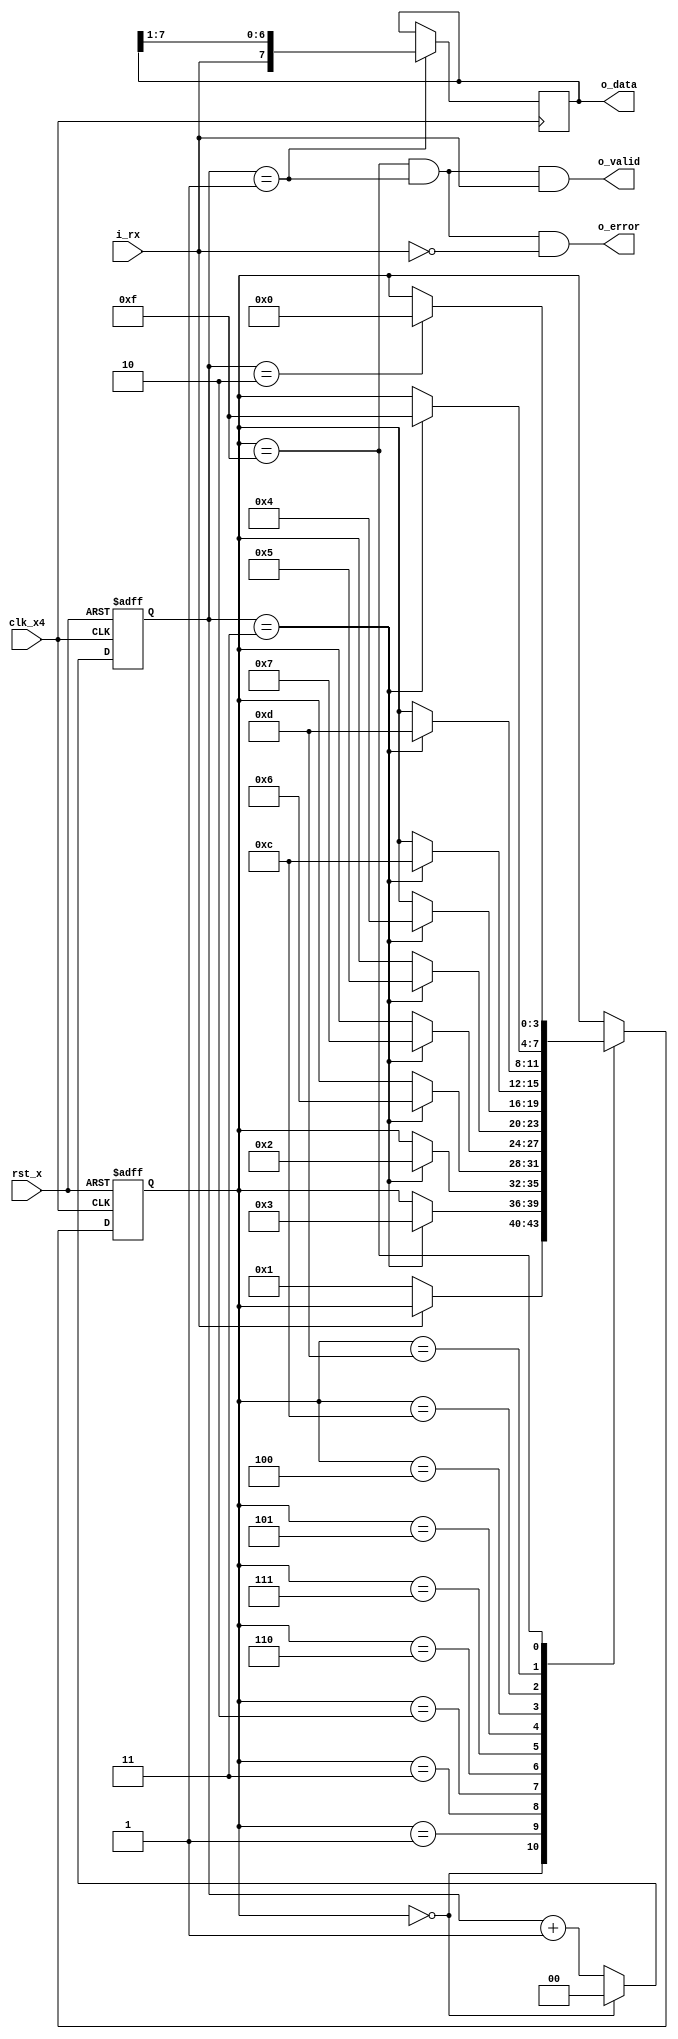
module SerialReceiver(
    clk_x4,
    rst_x,
    i_rx,
    o_data,
    o_valid,
    o_error);
  input        clk_x4;
  input        rst_x;
  input        i_rx;

  output [7:0] o_data;
  output       o_valid;
  output       o_error;

  reg    [1:0] r_phase;
  reg    [3:0] r_state;
  reg    [7:0] r_data;

  wire         w_phase_latch;
  wire         w_phase_shift;
  wire         w_phase_next;
  wire         w_valid;
  wire         w_stop;

  localparam S_IDLE  = 4'b0000;
  localparam S_START = 4'b0001;
  localparam S_BIT0  = 4'b0011;
  localparam S_BIT1  = 4'b0010;
  localparam S_BIT2  = 4'b0110;
  localparam S_BIT3  = 4'b0111;
  localparam S_BIT4  = 4'b0101;
  localparam S_BIT5  = 4'b0100;
  localparam S_BIT6  = 4'b1100;
  localparam S_BIT7  = 4'b1101;
  localparam S_STOP  = 4'b1111;

  assign w_phase_latch = r_phase == 2'b01;
  assign w_phase_next  = r_phase == 2'b10;
  assign w_phase_shift = r_phase == 2'b11;
  assign w_valid       = (r_state == S_STOP) && w_phase_latch;
  assign w_stop        = i_rx == 1'b1;

  assign o_data        = r_data;
  assign o_valid       = w_valid & w_stop;
  assign o_error       = w_valid & !w_stop;

  always @ (posedge clk_x4) begin
    if (w_phase_latch) begin
      r_data <= { i_rx, r_data[7:1] };
    end
  end  // always @ (posedge clk_x4)

  always @ (posedge clk_x4 or negedge rst_x) begin
    if (!rst_x) begin
      r_phase <= 2'b00;
    end else begin
      if (r_state == S_IDLE) begin
        r_phase <= 2'b00;
      end else begin
        r_phase <= r_phase + 2'b01;
      end
    end  // else (!rst_x)
  end  // always @ (posedge clk_x4 or negedge rst_x)

  always @ (posedge clk_x4 or negedge rst_x) begin
    if (!rst_x) begin
      r_state <= S_IDLE;
    end else begin
      case (r_state)
        S_IDLE: begin
          if (i_rx == 1'b0) begin
            r_state <= S_START;
          end
        end  // S_IDLE
        S_START: begin
          if (w_phase_shift) begin
            r_state <= S_BIT0;
          end
        end  // S_START
        S_BIT0: begin
          if (w_phase_shift) begin
            r_state <= S_BIT1;
          end
        end  // S_BIT0
        S_BIT1: begin
          if (w_phase_shift) begin
            r_state <= S_BIT2;
          end
        end  // S_BIT1
        S_BIT2: begin
          if (w_phase_shift) begin
            r_state <= S_BIT3;
          end
        end  // S_BIT2
        S_BIT3: begin
          if (w_phase_shift) begin
            r_state <= S_BIT4;
          end
        end  // S_BIT3
        S_BIT4: begin
          if (w_phase_shift) begin
            r_state <= S_BIT5;
          end
        end  // S_BIT4
        S_BIT5: begin
          if (w_phase_shift) begin
            r_state <= S_BIT6;
          end
        end  // S_BIT5
        S_BIT6: begin
          if (w_phase_shift) begin
            r_state <= S_BIT7;
          end
        end  // S_BIT6
        S_BIT7: begin
          if (w_phase_shift) begin
            r_state <= S_STOP;
          end
        end  // S_BIT7
        S_STOP: begin
          if (w_phase_next) begin
            r_state <= S_IDLE;
          end
        end  // S_STOP
      endcase // case (r_state)
    end  // else (!rst_x)
  end  // always @ (posedge clk_x4 or negedge rst_x)
endmodule